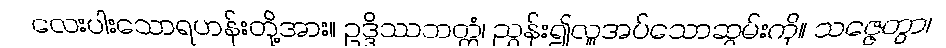
လေးပါးသောရဟန်းတို့အား။ ဥဒ္ဒိဿဘတ္တံ၊ ညွှန်း၍လှူအပ်သောဆွမ်းကို။ သဇ္ဇေတွာ၊